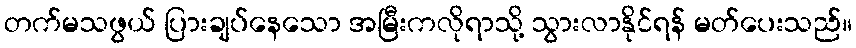
တက်မသဖွယ် ပြားချပ်နေသော အမြီးကလိုရာသို့ သွားလာနိုင်ရန် မတ်ပေးသည်။